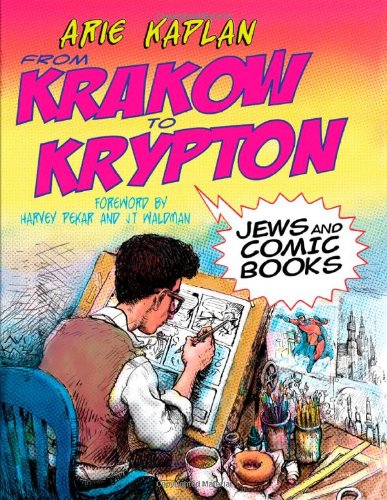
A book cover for From Krakow to Krypton: Jews and Comic Books; Arie Kaplan; Comics & Graphic Novels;